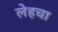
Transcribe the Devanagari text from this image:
लेहचा